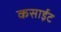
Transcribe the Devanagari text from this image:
कसाईट